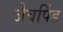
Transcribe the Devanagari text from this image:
जैवपिंड